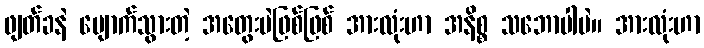
ဖျတ်ခနဲ ပျောက်သွားတဲ့ အတွေးပဲဖြစ်ဖြစ် အားလုံးဟာ အနိစ္စ သဘောပါပဲ။ အားလုံးဟာ